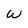
Character: w